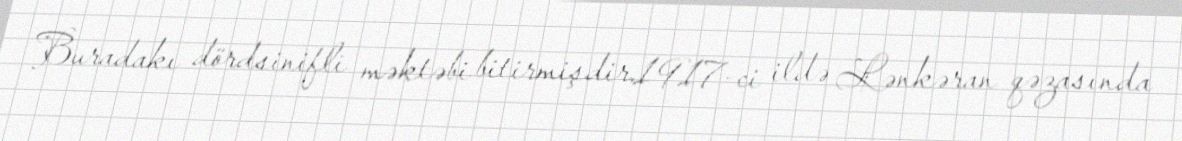
Buradakı dördsinifli məktəbi bitirmişdir.1917-ci ildə Lənkəran qəzasında